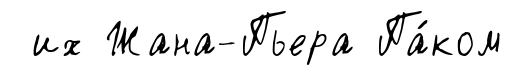
их Жана-Пьера Па́ком